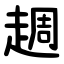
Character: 䞴